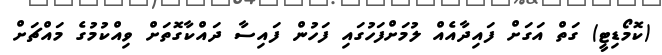
(ކޮމޯޑިޓީ) ގަތް އަގަށް ފައިދާއެއް ލުމަށްފަހުގައި ފަހުން ފައިސާ ދައްކާގޮތަށް ވިއްކުމުގެ މައްޗަށް